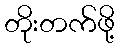
တိုးတက်ဖို့